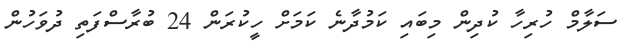
ސަލާމް ހުރިހާ ކުދިން މިބައި ކަމުދާނެ ކަމަށް ހީކުރަން 24 ބުރާސްފަތި ދުވަހުން